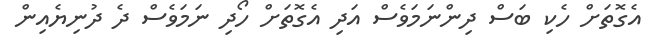
އެގޮތަށް ހެކި ބަސް ދިންނަމަވެސް އަދި އެގޮތަށް ހޯދި ނަމަވެސް ދެ ދުނިޔެއިން